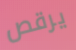
يرقص